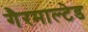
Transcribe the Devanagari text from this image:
गैरमाल्टेड